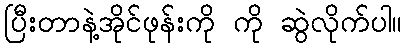
ပြီးတာနဲ့အိုင်ဖုန်းကို ကို ဆွဲလိုက်ပါ။